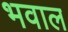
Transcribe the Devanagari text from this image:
भवाल